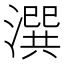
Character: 潠